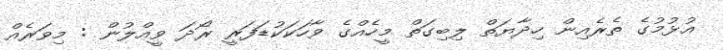
އުޅުމުގެ ތެރެއިން ހިދާޔަތް ލިބިގަތް މީހެއްގެ ވާހަކަކުޑަފަރީ ރޯދަ ވީއްލުން : މިވަރެއްް